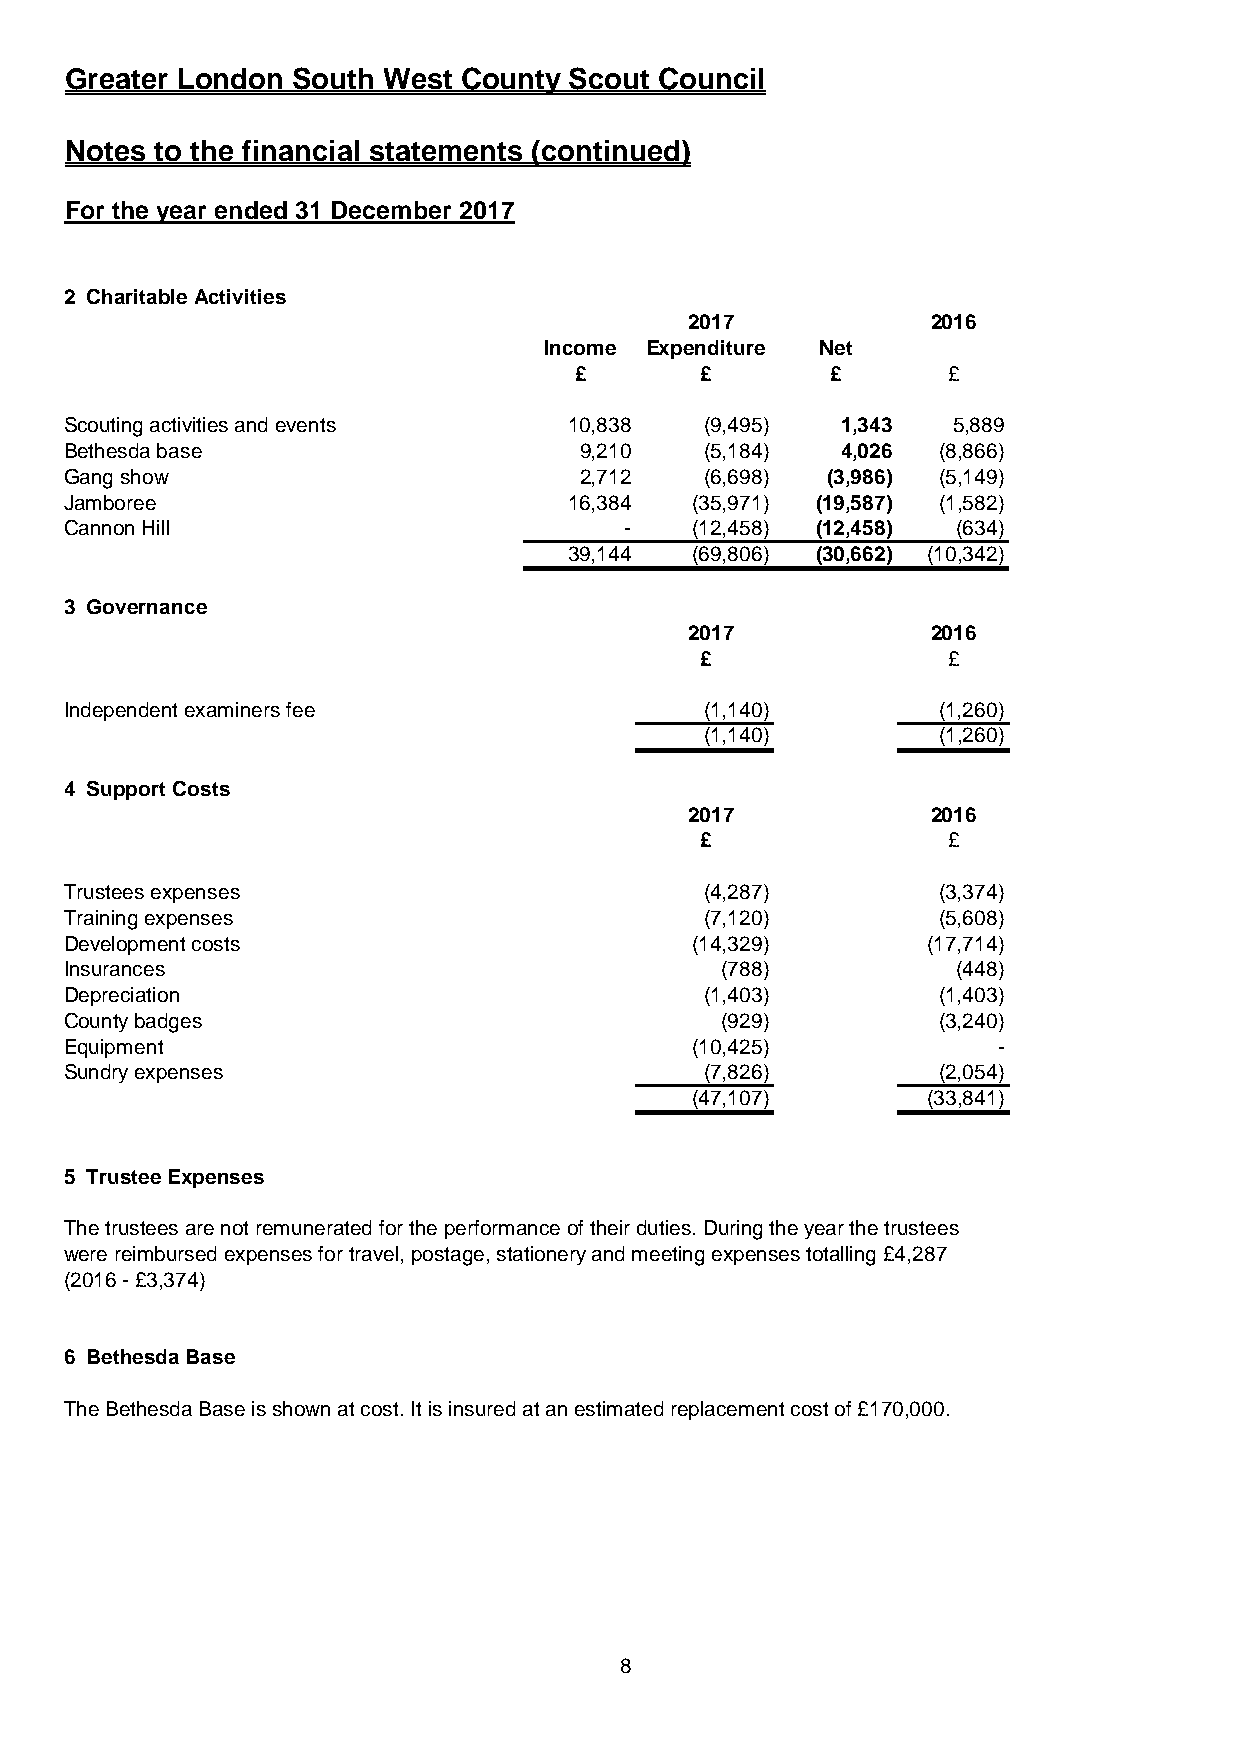
Greater London South West County Scout Council
 Notes to the financial statements (continued)
 For the year ended 31 December 2017
 2 Charitable Activities
 2017            2016
 Income Expenditure Net
 £        £       £       £
 Scouting activities and events   10,838   (9,495)  1,343  5,889
 Bethesda base                     9,210   (5,184)  4,026 (8,866)
 Gang show                         2,712   (6,698) (3,986) (5,149)
 Jamboree                         16,384  (35,971) (19,587) (1,582)
 Cannon Hill                          -   (12,458) (12,458) (634)
 39,144  (69,806) (30,662) (10,342)
 3 Governance
 2017            2016
 £               £
 Independent examiners fee                 (1,140)        (1,260)
 (1,140)        (1,260)
 4 Support Costs
 2017            2016
 £               £
 Trustees expenses                         (4,287)        (3,374)
 Training expenses                         (7,120)        (5,608)
 Development costs                        (14,329)        (17,714)
 Insurances                                 (788)           (448)
 Depreciation                              (1,403)        (1,403)
 County badges                              (929)         (3,240)
 Equipment                                (10,425)            -
 Sundry expenses                           (7,826)        (2,054)
 (47,107)        (33,841)
 5 Trustee Expenses
 The trustees are not remunerated for the performance of their duties. During the year the trustees
 were reimbursed expenses for travel, postage, stationery and meeting expenses totalling £4,287
 (2016 - £3,374)
 6 Bethesda Base
 The Bethesda Base is shown at cost. It is insured at an estimated replacement cost of £170,000.
 8